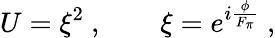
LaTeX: U=\xi^{2}\ ,\qquad\xi=e^{i\frac{\phi}{F_{\pi}}}\ ,